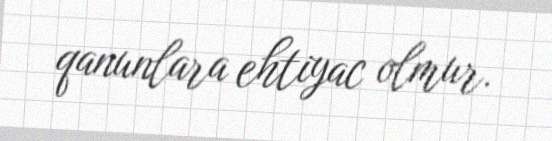
qanunlara ehtiyac olmur.